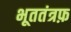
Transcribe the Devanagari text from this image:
भूततंत्रफ़